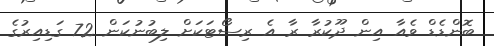
ބޮންޑެޑް ވެއާ އިން ދޫކުރާ ރާ އެ ރިސޯޓަކަށް ލިބުނުކަން 72 ގަޑިއިރުގެ